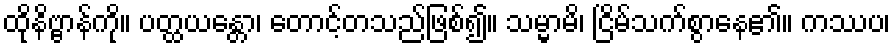
ထိုနိဗ္ဗာန်ကို။ ပတ္ထယန္တော၊ တောင့်တသည်ဖြစ်၍။ သမ္မာမိ၊ ငြိမ်သက်စွာနေ၏။ ကဿပ၊